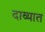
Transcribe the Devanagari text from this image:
दाव्यात